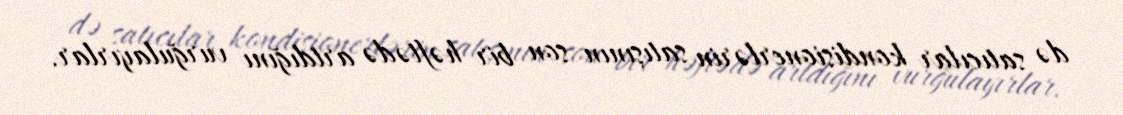
də satıcılar kondisionerlərin satışının son bir həftədə artdığını vurğulayırlar.